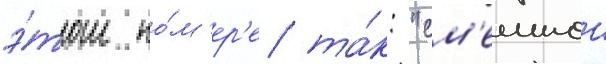
э́том но́м'ер'е та́к: "см'ешнои